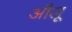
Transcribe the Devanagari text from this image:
औलू